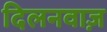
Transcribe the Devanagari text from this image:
दिलनवाज़